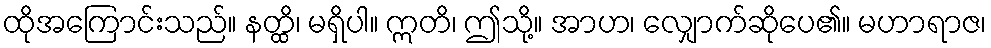
ထိုအကြောင်းသည်။ နတ္ထိ၊ မရှိပါ။ ဣတိ၊ ဤသို့။ အာဟ၊ လျှောက်ဆိုပေ၏။ မဟာရာဇ၊